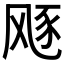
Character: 𱃛